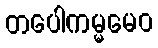
တပေါကမ္မမေဝ